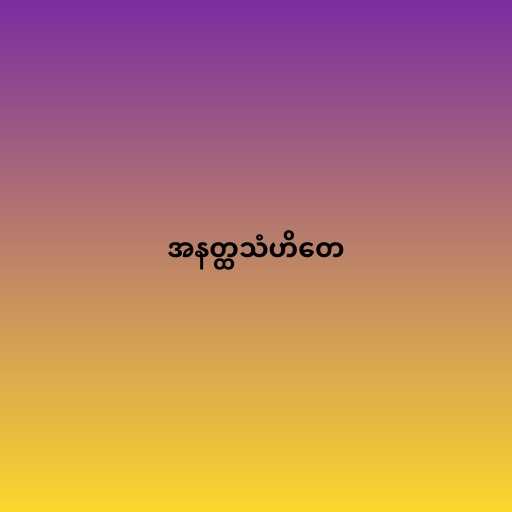
အနတ္ထသံဟိတေ